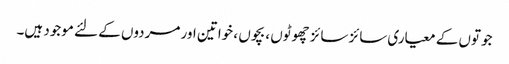
جوتوں کے معیاری سائز سائز چھوٹوں ، بچوں ، خواتین اور مردوں کے لئے موجود ہیں۔